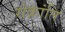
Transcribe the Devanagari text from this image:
संक्रांति